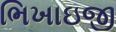
ભિખાઇજી